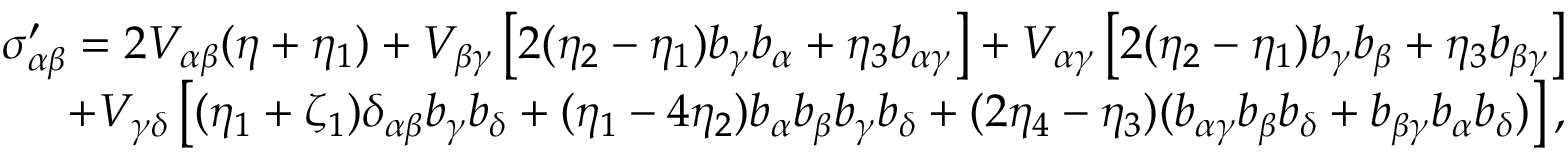
\begin{array} { r l r } { \sigma _ { \alpha \beta } ^ { \prime } = 2 V _ { \alpha \beta } ( \eta + \eta _ { 1 } ) + V _ { \beta \gamma } \left[ 2 ( \eta _ { 2 } - \eta _ { 1 } ) b _ { \gamma } b _ { \alpha } + \eta _ { 3 } b _ { \alpha \gamma } \right] + V _ { \alpha \gamma } \left[ 2 ( \eta _ { 2 } - \eta _ { 1 } ) b _ { \gamma } b _ { \beta } + \eta _ { 3 } b _ { \beta \gamma } \right] } & { { } } & { } \\ { + V _ { \gamma \delta } \left[ ( \eta _ { 1 } + \zeta _ { 1 } ) \delta _ { \alpha \beta } b _ { \gamma } b _ { \delta } + ( \eta _ { 1 } - 4 \eta _ { 2 } ) b _ { \alpha } b _ { \beta } b _ { \gamma } b _ { \delta } + ( 2 \eta _ { 4 } - \eta _ { 3 } ) ( b _ { \alpha \gamma } b _ { \beta } b _ { \delta } + b _ { \beta \gamma } b _ { \alpha } b _ { \delta } ) \right] , } & { { } } & { } \end{array}